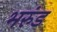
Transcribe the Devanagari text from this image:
भरुंड